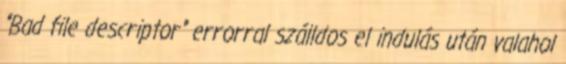
"Bad file descriptor" errorral szálldos el indulás után valahol